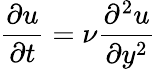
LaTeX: {\frac{\partial u}{\partial t}}=\nu{\frac{\partial^{2}u}{\partial y^{2}}}